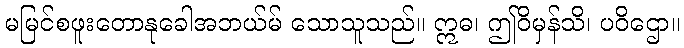
မမြင်စဖူးတောနုခေါအဘယ်မ် သောသူသည်။ ဣဓ၊ ဤဝိမှန်သိ၊ ပဝိဌော။